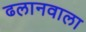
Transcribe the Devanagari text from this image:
ढलानवाला